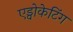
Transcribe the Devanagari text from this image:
एड्वोकेटिंग